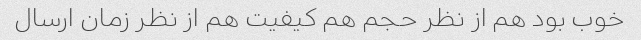
خوب بود هم از نظر حجم هم کیفیت هم از نظر زمان ارسال